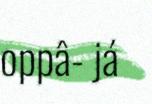
oppâ- já